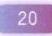
\(20\)